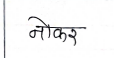
मजकूर: नोकर